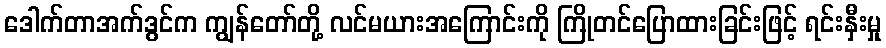
ဒေါက်တာအက်ဒွင်က ကျွန်တော်တို့ လင်မယားအကြောင်းကို ကြိုတင်ပြောထားခြင်းဖြင့် ရင်းနှီးမှု